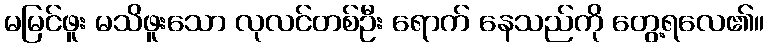
မမြင်ဖူး မသိဖူးသော လုလင်တစ်ဦး ရောက် နေသည်ကို တွေ့ရလေ၏။